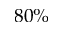
8 0 \%